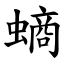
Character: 螪